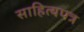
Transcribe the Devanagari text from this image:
साहित्यपत्र